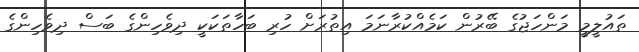
ތައުލީމީ މަންހަޖުގެ ބޭރުން ކަމެއްކުރާނަމަ އިތުރަށް ހުރި ބަހާތަކަކީ ދިވެހިންގެ ބަސް ދިވެހިންގެ